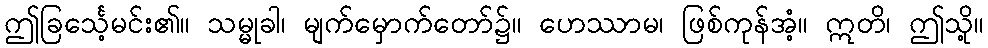
ဤခြင်္သေ့မင်း၏။ သမ္မုခါ၊ မျက်မှောက်တော်၌။ ဟေဿာမ၊ ဖြစ်ကုန်အံ့။ ဣတိ၊ ဤသို့။